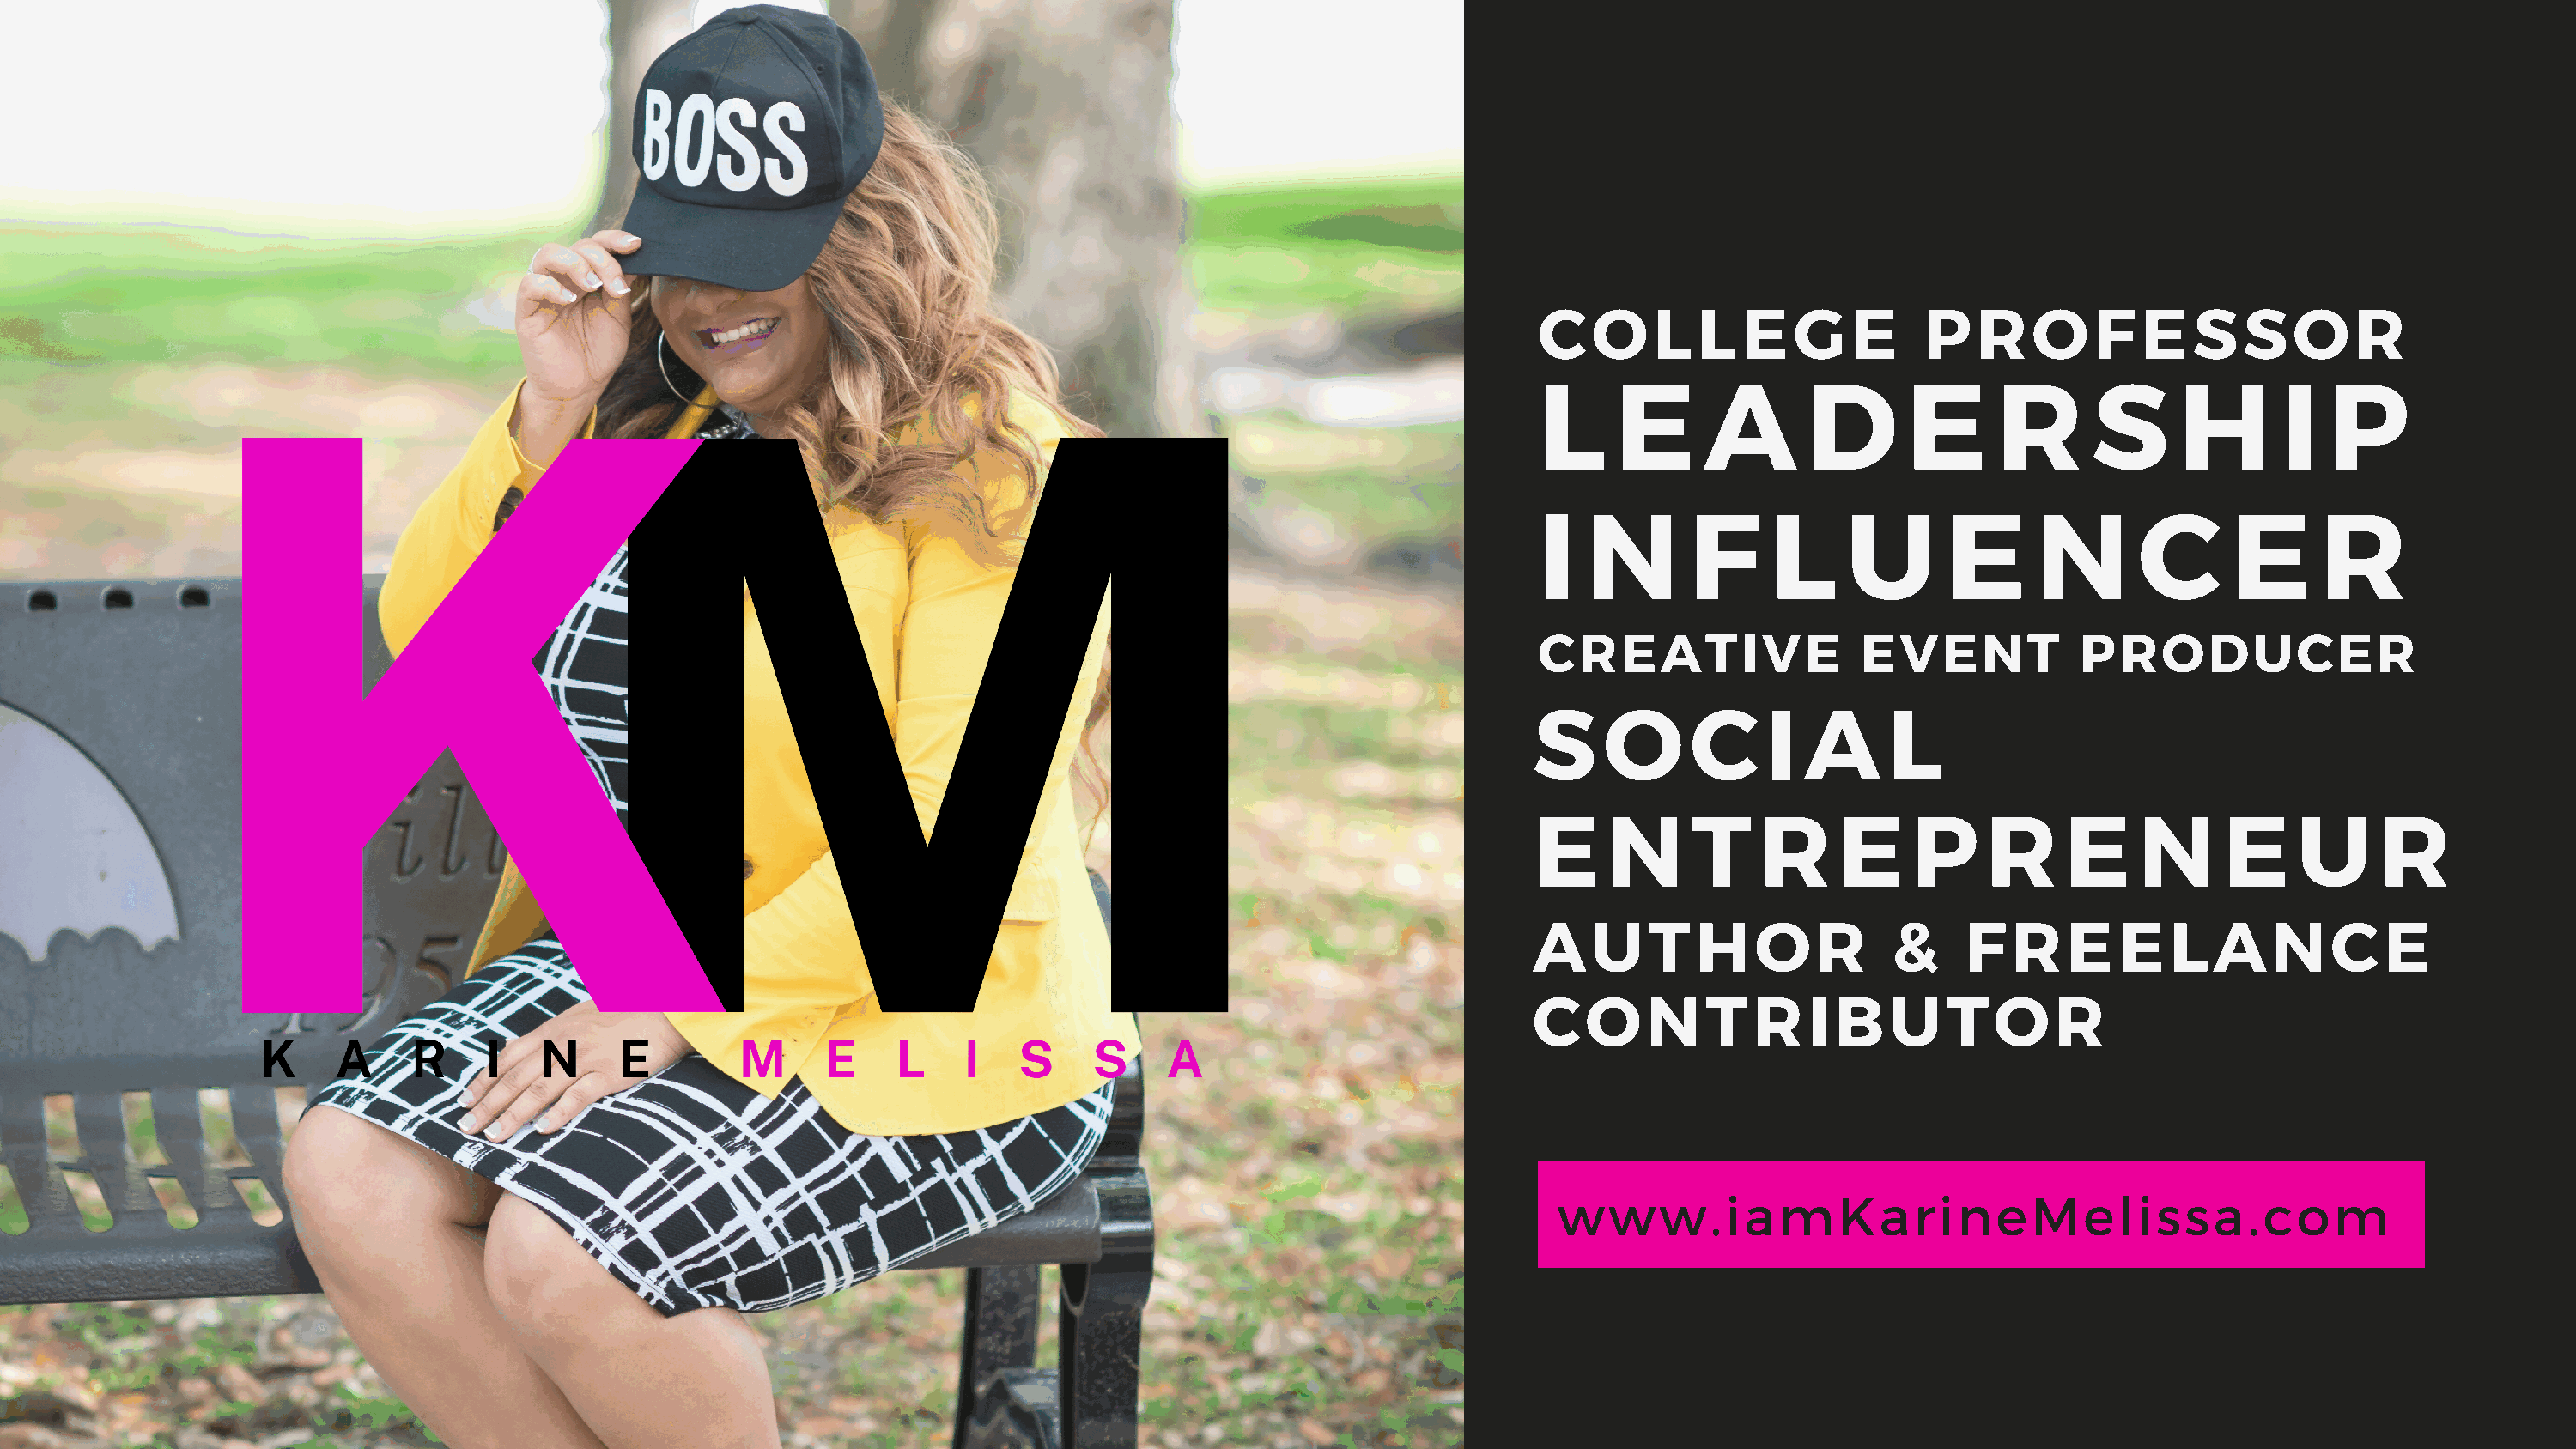
COLLEGE                      PROFESSOR
 L    E      A       D       E      R      S      H       I  P
 I  N       F     L     U       E      N       C      E      R
 CREATIVE                EVENT            PRODUCER
 S     O     C     I  A      L
 E     N     T     R     E    P     R     E     N     E     U     R
 AUTHOR                      &    FREELANCE
 CONTRIBUTOR
 www.iamKarineMelissa.com